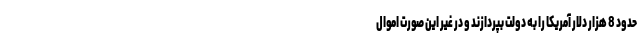
حدود 8 هزار دلار آمریکا را به دولت بپردازند و در غیر این صورت اموال